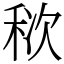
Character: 䅆